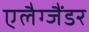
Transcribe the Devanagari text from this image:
एलैग्जैंडर